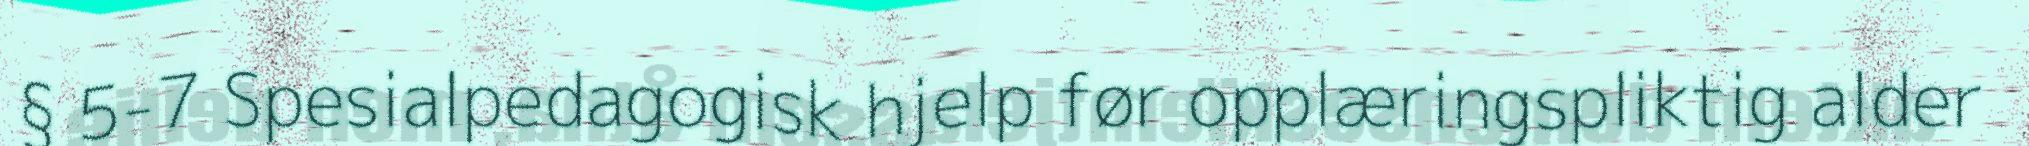
§ 5-7 Spesialpedagogisk hjelp før opplæringspliktig alder